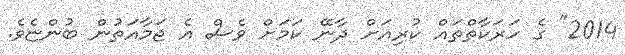
2014" ގެ ހަރަކާތްތައް ކުރިއަށް ދާނޭ ކަމަށް ވެސް އެ ޖަމާއަތުން ބުންޏެވެ.